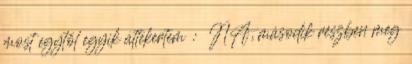
most egytől egyik áttekertem : NA, második részben meg